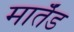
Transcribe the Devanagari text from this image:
मार्तँड